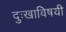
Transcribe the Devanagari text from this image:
दुःखाविषयी